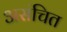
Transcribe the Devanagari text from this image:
असंचित